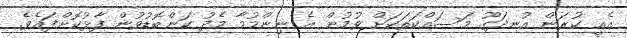
އެއީ ކުރަން އުނދަގޫ މަަސައްކަތަކަށް ވުމުން އެ ނިންމުމާ މެދު ކަންބޮޑުވުން ފާޅުކޮށްފައެވެ.